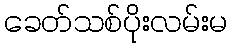
ခေတ်သစ်ပိုးလမ်းမ